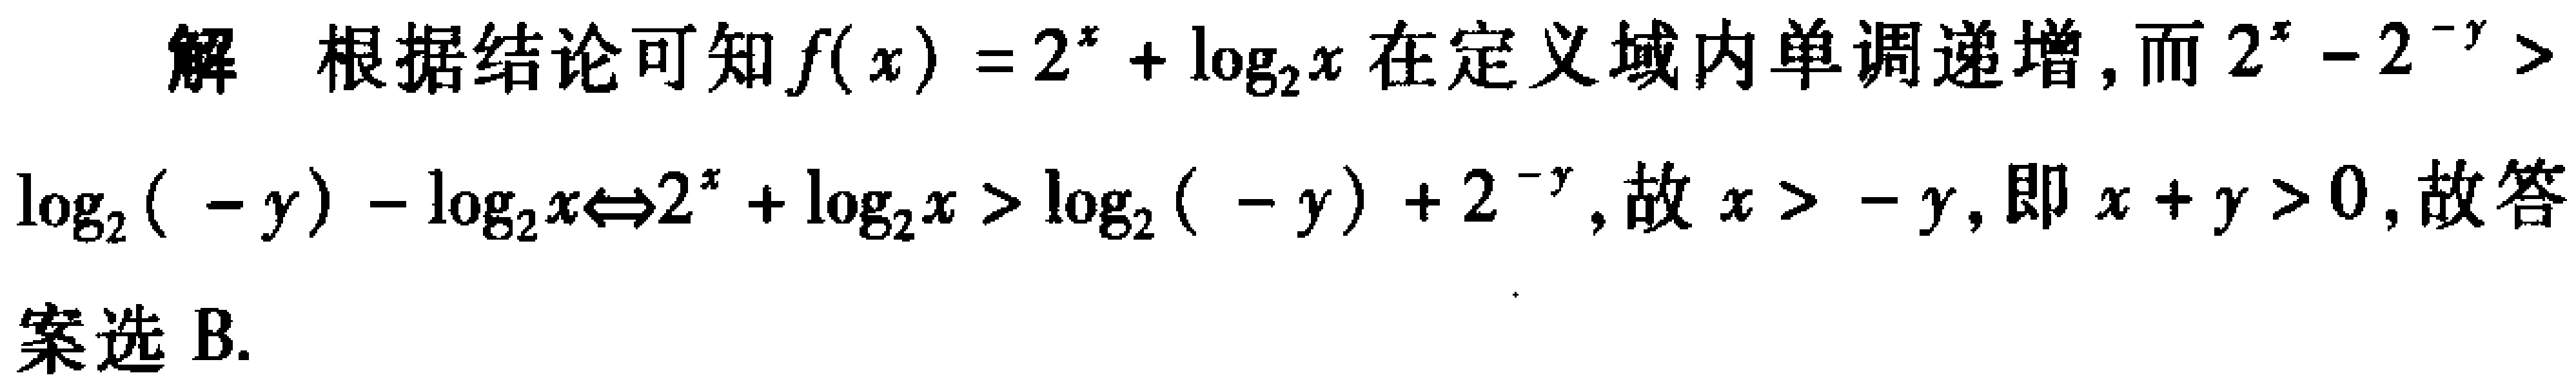
解 根据结论可知\(f(x)=2^{x}+\log_{2}x\)在定义域内单调递增，而\(2^{x}-2^{-y}> \log_{2}(-y)-\log_{2}x\Leftrightarrow2^{x}+\log_{2}x>\log_{2}(-y)+2^{-y}\)，故\(x > -y\)，即\(x + y>0\)，故答案选 B.